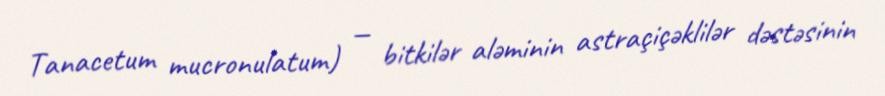
Tanacetum mucronulatum) — bitkilər aləminin astraçiçəklilər dəstəsinin